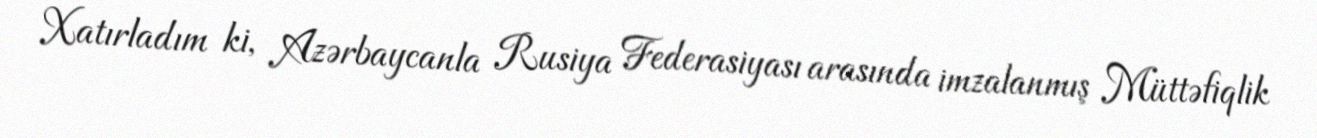
Xatırladım ki, Azərbaycanla Rusiya Federasiyası arasında imzalanmış Müttəfiqlik